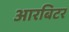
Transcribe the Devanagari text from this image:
आरबिटर